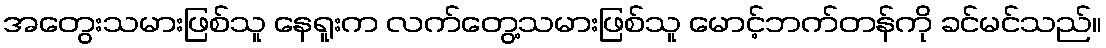
အတွေးသမားဖြစ်သူ နေရူးက လက်တွေ့သမားဖြစ်သူ မောင့်ဘက်တန်ကို ခင်မင်သည်။